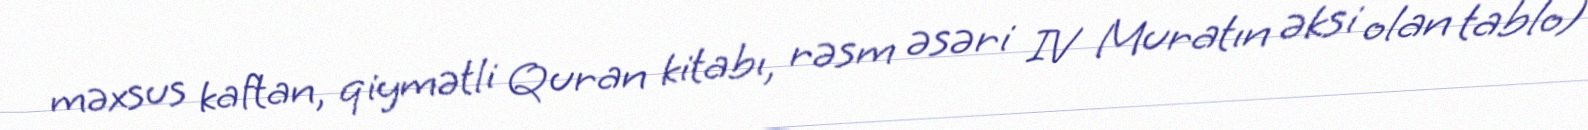
məxsus kaftan, qiymətli Quran kitabı, rəsm əsəri IV Muratın əksi olan tablo)